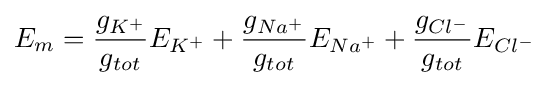
E_{m}={\frac {g_{K^{+}}}{g_{tot}}}E_{K^{+}}+{\frac {g_{Na^{+}}}{g_{tot}}}E_{Na^{+}}+{\frac {g_{Cl^{-}}}{g_{tot}}}E_{Cl^{-}}